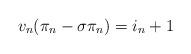
LaTeX: \begin{align*}v_n(\pi_n - \sigma \pi_n) = i_n+1\end{align*}